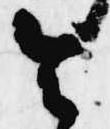
令